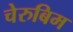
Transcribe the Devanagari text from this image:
चेरुबिम